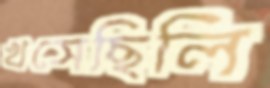
খসেছিলি